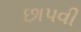
છાપવી